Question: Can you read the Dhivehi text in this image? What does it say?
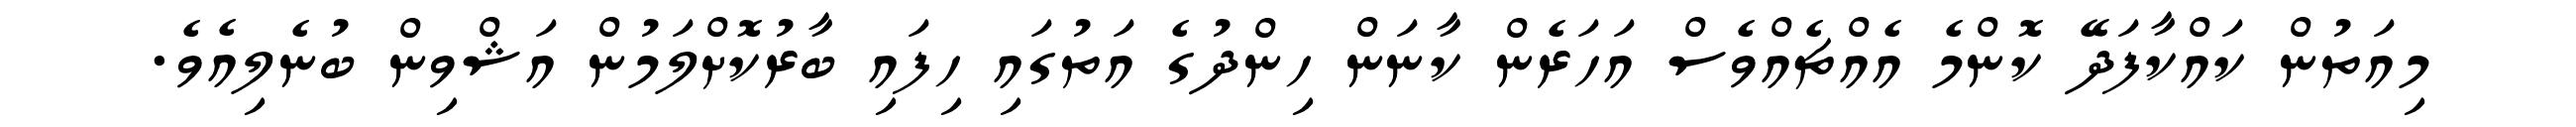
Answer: މިއަތުން ކައްކާފަދޭ ކޮންމެ އެއްޗެއްވެސް އަހަރެން ކާނަން ހިންދުގެ އަތުގައި ހިފައި ބާރުކޮށްލަމުން އަޝްވިން ބުނެލިއެވެ.